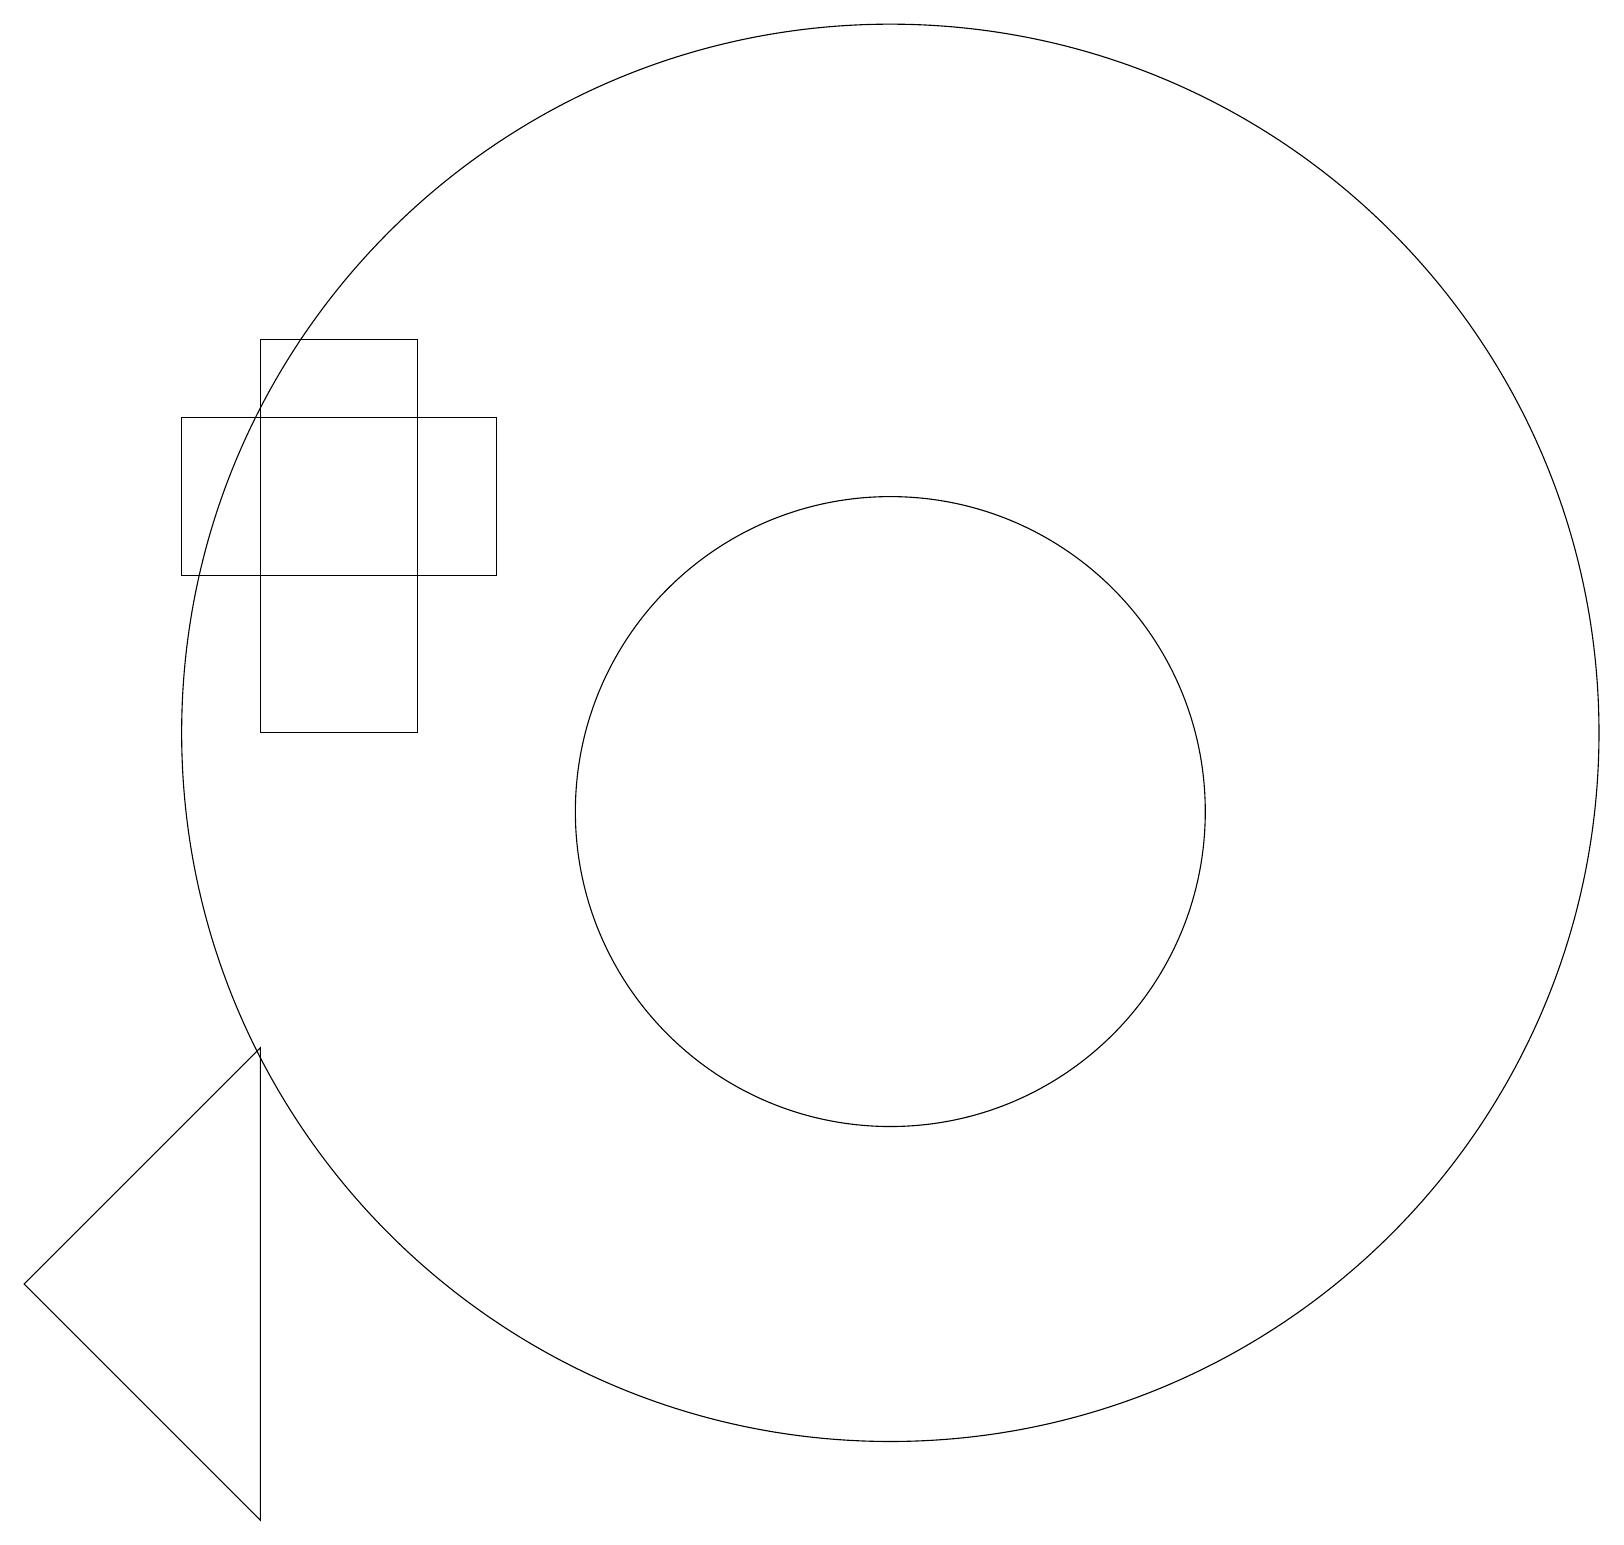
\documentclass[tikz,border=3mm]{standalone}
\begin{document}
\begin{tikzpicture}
\draw (11,11) circle (9);
\draw (11,10) circle (4);
\draw (2,15) rectangle (6,13);
\draw (3,16) rectangle (5,11);
\draw (3,7) -- (0,4) -- (3,1) -- cycle;
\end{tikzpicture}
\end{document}